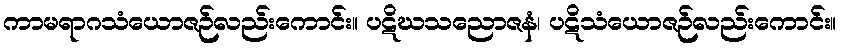
ကာမရာဂသံယောဇဉ်လည်းကောင်း။ ပဋိဃသညောဇနံ၊ ပဋိသံယောဇဉ်လည်းကောင်း။